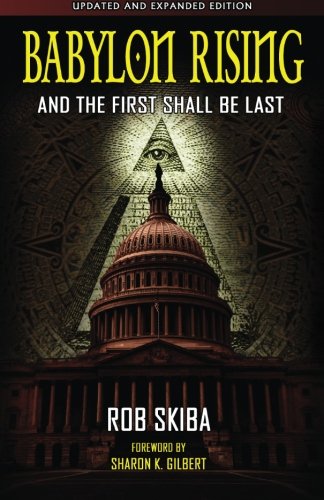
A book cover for Babylon Rising (updated and expanded): And The First Shall Be Last (Volume 1); Rob Skiba; History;